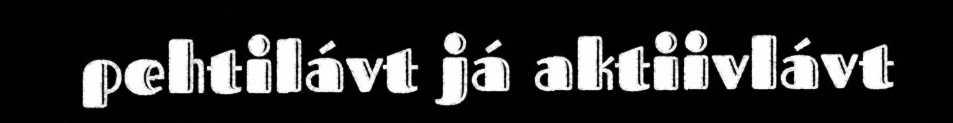
pehtilávt já aktiivlávt